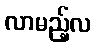
လာမည့်လ